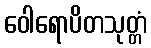
ဝေါရောပိတသုတ္တံ